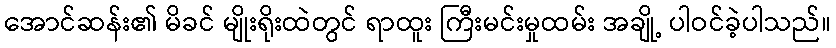
အောင်ဆန်း၏ မိခင် မျိုးရိုးထဲတွင် ရာထူး ကြီးမင်းမှုထမ်း အချို့ ပါဝင်ခဲ့ပါသည်။